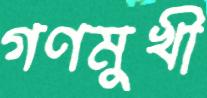
গণমুখী